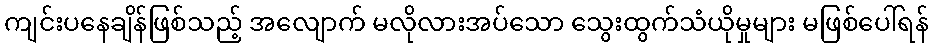
ကျင်းပနေချိန်ဖြစ်သည့် အလျောက် မလိုလားအပ်သော သွေးထွက်သံယိုမှုများ မဖြစ်ပေါ်ရန်